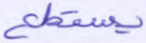
يستطع